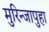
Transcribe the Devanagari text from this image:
मुरिन्जापुहा